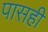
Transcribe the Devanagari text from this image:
पासही